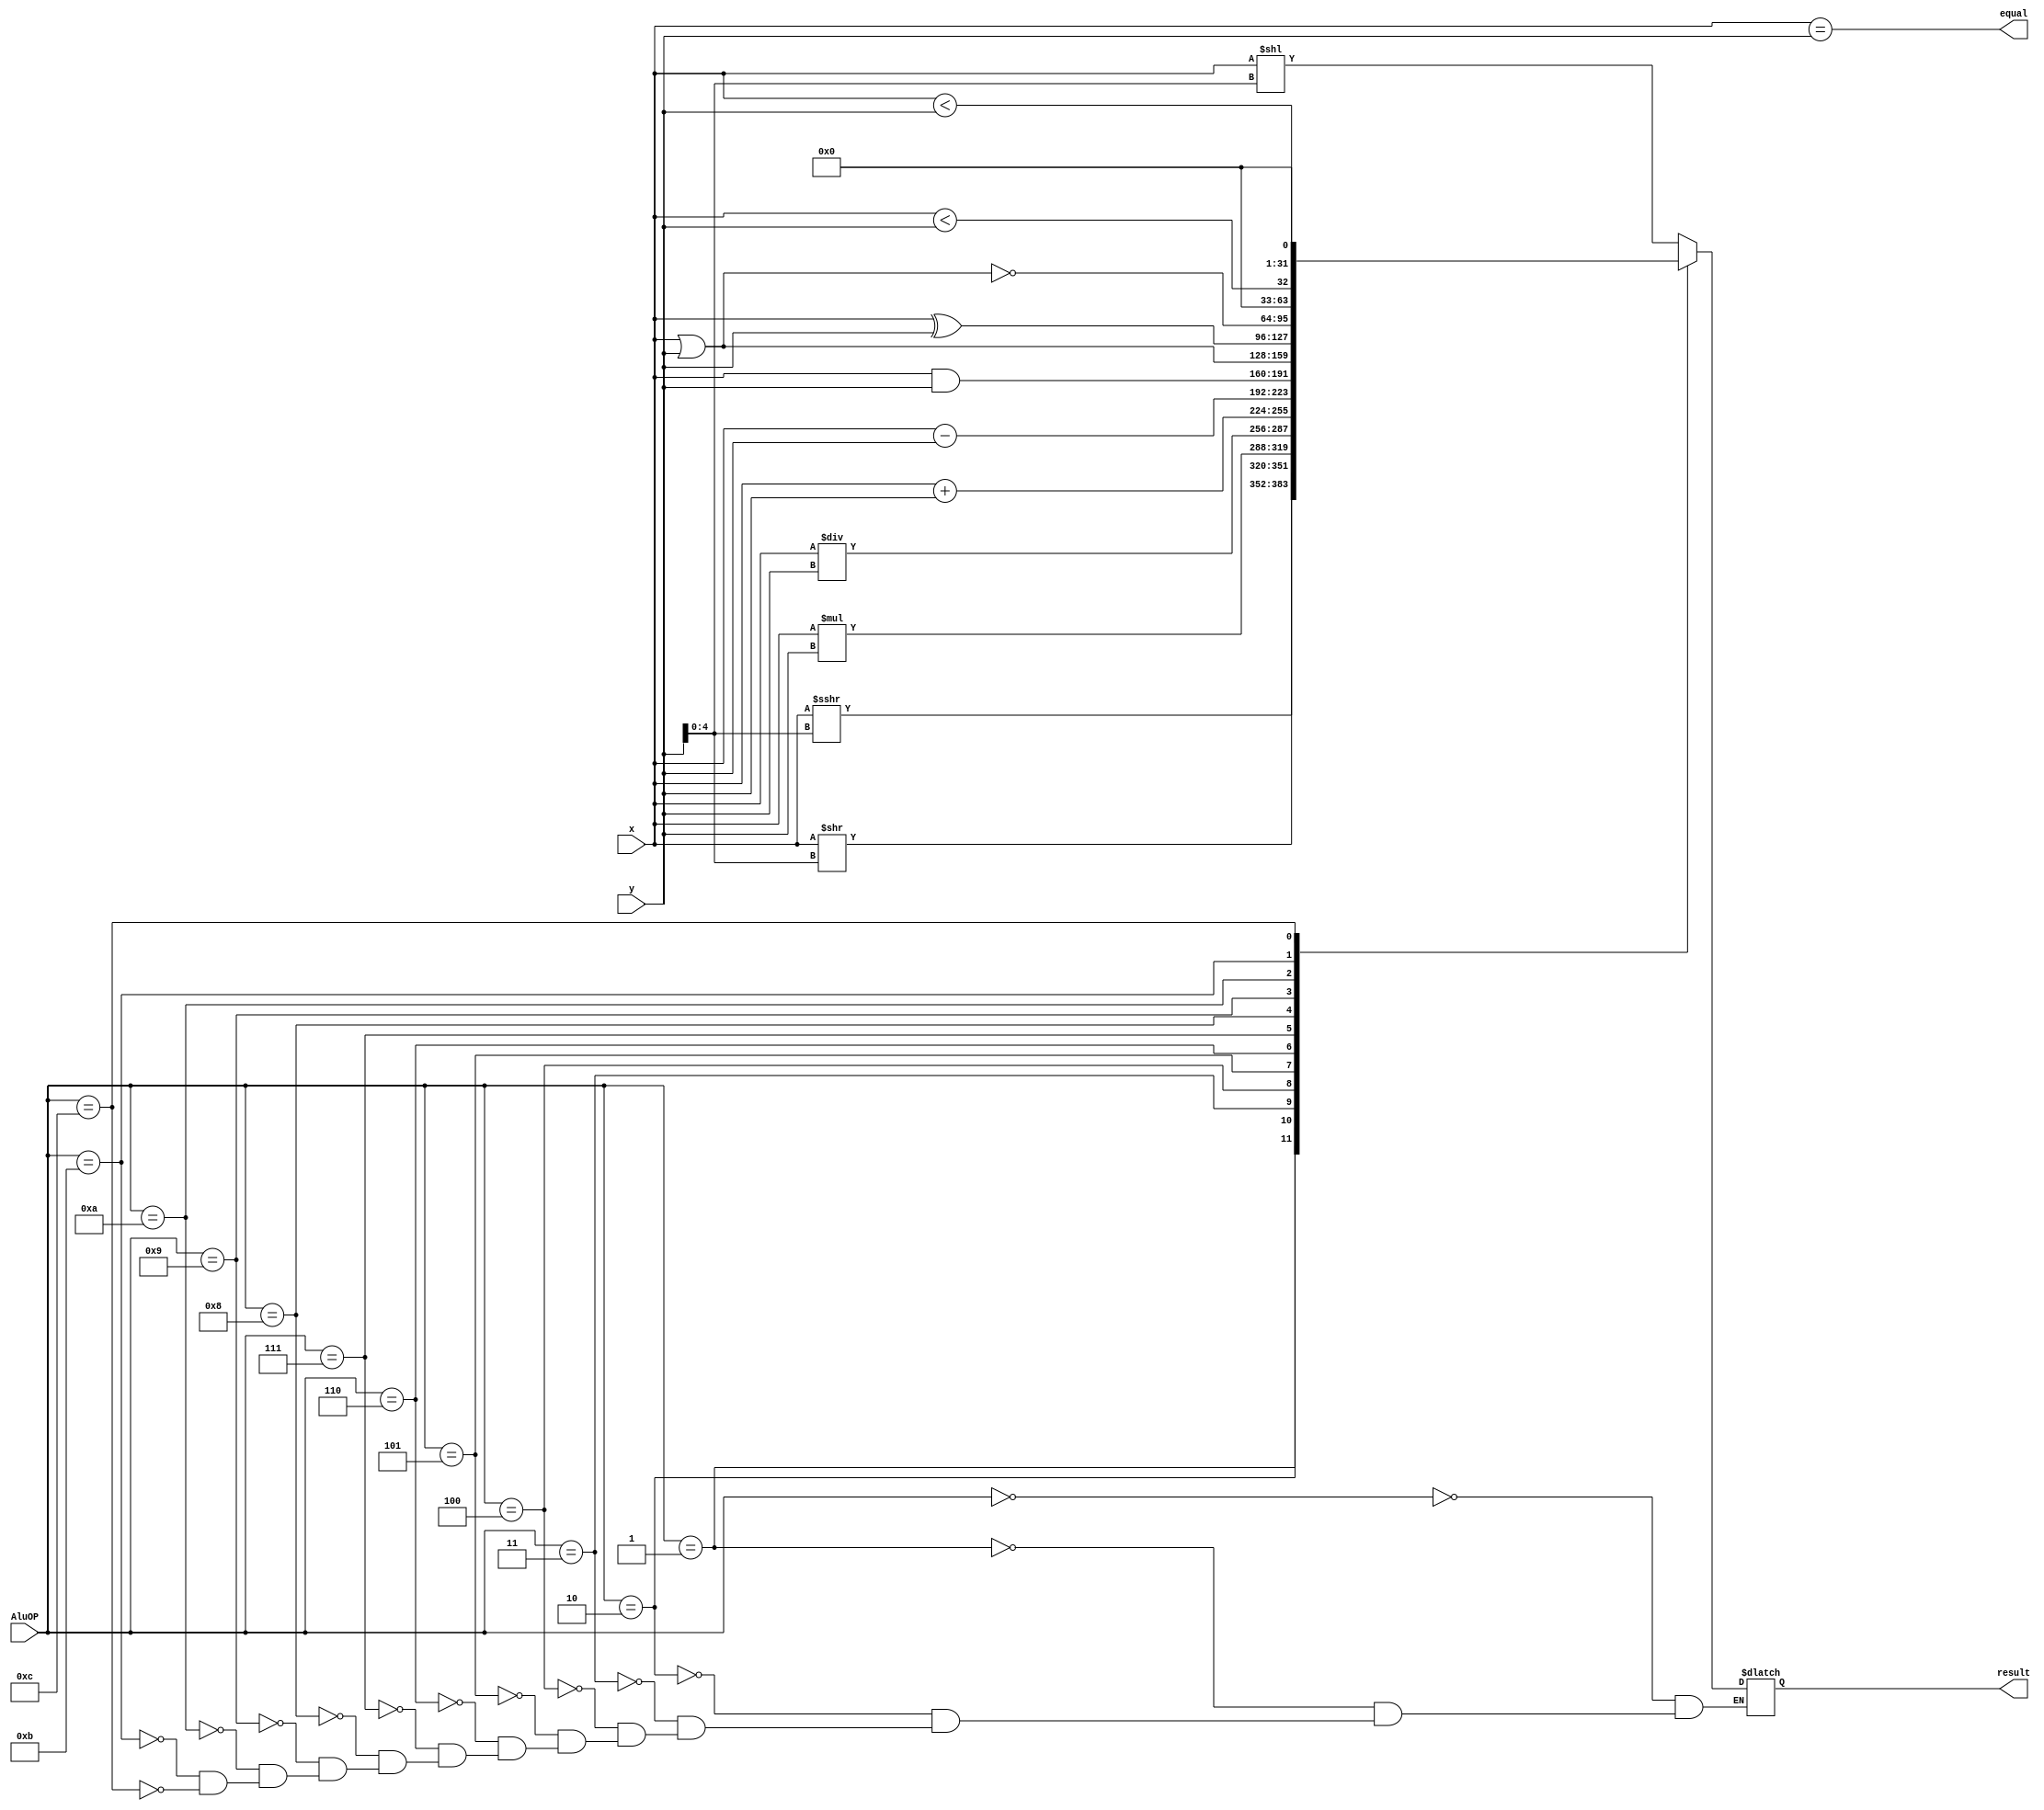
`timescale 1ns / 1ps

module alu(
    input [31:0] x,
    input [31:0] y,
    input [3:0] AluOP,
    output reg [31:0] result,
    output equal
    );
    assign equal = (x == y);
    always @(x or y or AluOP)
    begin
        case(AluOP)
            0: result = x << y[4:0];
            1: result = x >>> y[4:0];
            2: result = x >> y[4:0];
            3: result = x * y;
            4: result = x / y;
            5: result = x + y;
            6: result = x - y;
            7: result = x & y;
            8: result = x | y;
            9: result = x ^ y;
            10: result = ~(x | y);
            11: result = $signed(x) < $signed(y);
            12: result = x < y;
        endcase
    end
endmodule